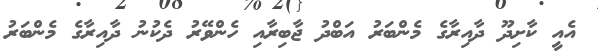
އެއީ ކާށިދޫ ދާއިރާގެ މެންބަރު އަބްދު ޖާބިރާއި ހެންވޭރު ދެކުނު ދާއިރާގެ މެންބަރު